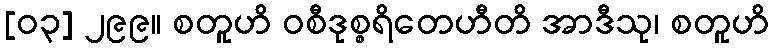
[၀၃] ၂၉၉။ စတူဟိ ဝစီဒုစ္စရိတေဟီတိ အာဒီသု၊ စတူဟိ